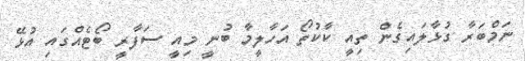
ނަމްބަރާ ގުޅާލައިގެން ތިއީ ކާކުތޯ އަހާލީމާ ބުނީ މިއީ ސަފާރީ ބޯޓެއްގައި އުޅޭ